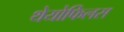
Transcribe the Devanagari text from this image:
थेयोफिलस